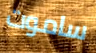
ساموت